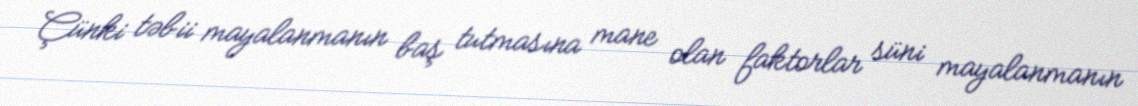
Çünki təbii mayalanmanın baş tutmasına mane olan faktorlar süni mayalanmanın